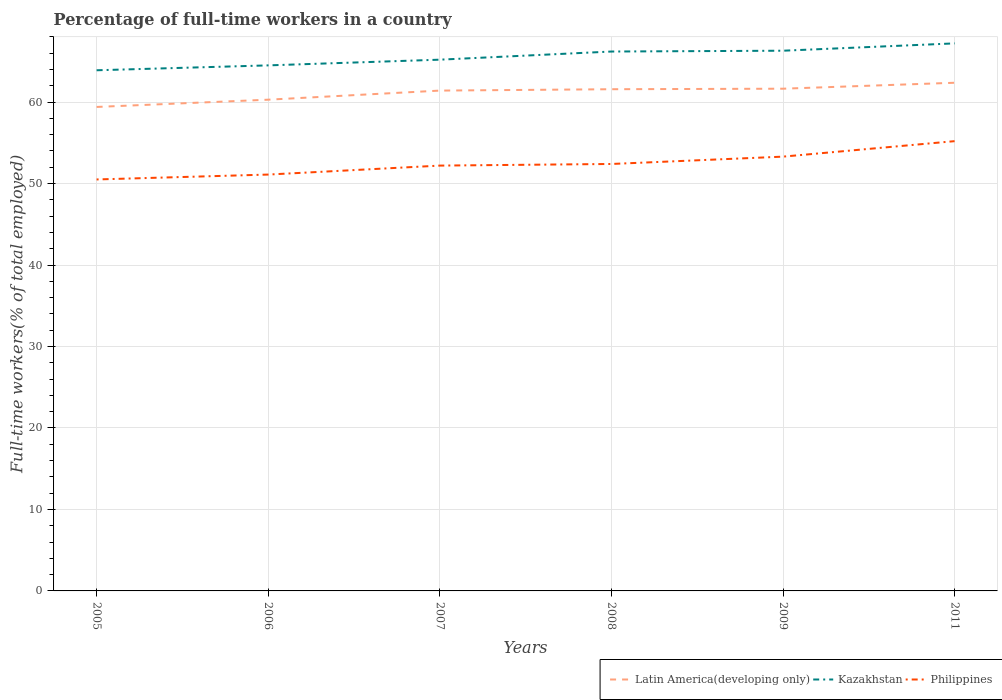
| Years | Latin America(developing only) | Kazakhstan | Philippines |
 | --- | --- | --- | --- |
 | 2005 | 59.4 | 63.9 | 50.5 |
 | 2006 | 60.3 | 64.5 | 51.1 |
 | 2007 | 61.4 | 65.2 | 52.2 |
 | 2008 | 61.6 | 66.2 | 52.4 |
 | 2009 | 61.6 | 66.3 | 53.3 |
 | 2011 | 62.4 | 67.2 | 55.2 |